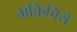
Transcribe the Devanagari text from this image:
भक्तिचिये